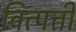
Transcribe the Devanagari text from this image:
वित्पत्ती